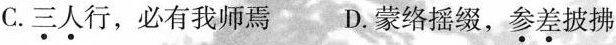
C.\underset{·}{三}\underset{·}{人}行，必有我师焉D.蒙络摇缀，\underset{·}{参}\underset{·}{差}披拂